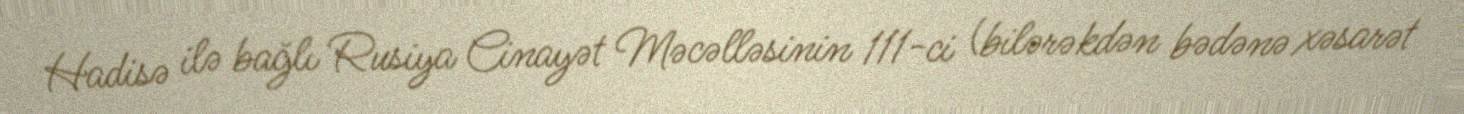
Hadisə ilə bağlı Rusiya Cinayət Məcəlləsinin 111-ci (bilərəkdən bədənə xəsarət